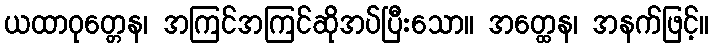
ယထာဝုတ္တေန၊ အကြင်အကြင်ဆိုအပ်ပြီးသော။ အတ္ထေန၊ အနက်ဖြင့်။